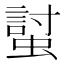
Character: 𧏛